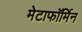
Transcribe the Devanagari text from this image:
मेटाफॉर्मिन